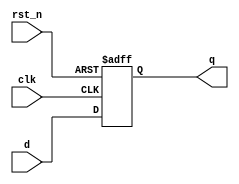

module register #(parameter width = 8)(
input clk, rst_n,
input [width-1:0] d,
output reg [width-1:0] q
); 


always @(posedge clk or negedge rst_n) begin
 
if (!rst_n) begin 
q  <= 0; 
end 

else begin  
q  <= d; 
end 

end 

endmodule 

// instance:
//  register #(.width( ))inst_name (.clk(),.rst_n(), .d(), .q());